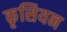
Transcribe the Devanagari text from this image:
कृसियन